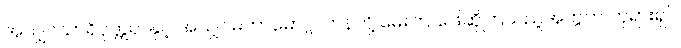
အသျှင်သာရိပုတ္တရာနှင့် အသျှင်မဟာမောဂ္ဂလာန်တို့ မေးကြ ဖြေဆိုကြသည့်အတွက် ဘုရားရှင်